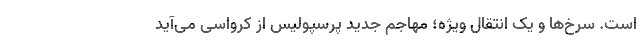
است. سرخ‌ها و یک انتقال ویژه؛ مهاجم جدید پرسپولیس از کرواسی می‌آید